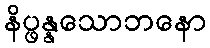
နိပ္ဖန္နသောဘနော